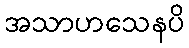
အသာဟသေနပိ